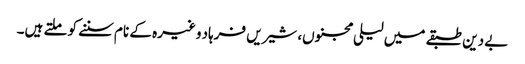
بے دین طبقے میں لیلی مجنوں، شیریں فرہاد وغیرہ کے نام سننے کو ملتے ہیں۔